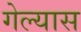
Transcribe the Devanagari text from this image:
गेल्‍यास